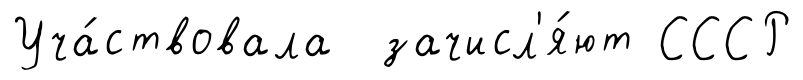
Уча́ствовала зачисл'я́ют СССР